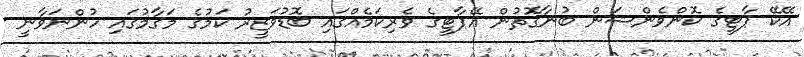
އޭކޭ ޕާޓީގެ ކޮންވެންޝަން ބުނާގޮތުން އޭޕާޓީގެ ވެރިކަމެއްގައި ބޮޑުވަޒީރު ކަމުގެ މަގާމުގައި ހުންނަވާނީ